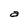
Character: a